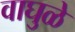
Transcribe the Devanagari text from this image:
वाघुळे